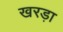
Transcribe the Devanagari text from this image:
खरड़ा